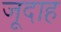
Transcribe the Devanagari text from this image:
जूदाह